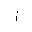
Letter: _alif